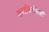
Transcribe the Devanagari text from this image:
कारकिर्दीतही